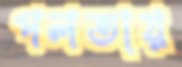
পলতায়